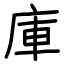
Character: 庫